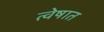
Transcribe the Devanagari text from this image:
त्वेषात